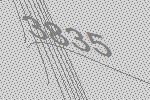
3835